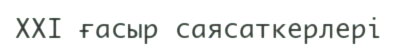
XXI ғасыр саясаткерлері